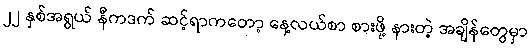
၂၂ နှစ်အရွယ် နီကဒက် ဆင့်ရာကတော့ နေ့လယ်စာ စားဖို့ နားတဲ့ အချိန်တွေမှာ